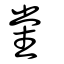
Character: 黨